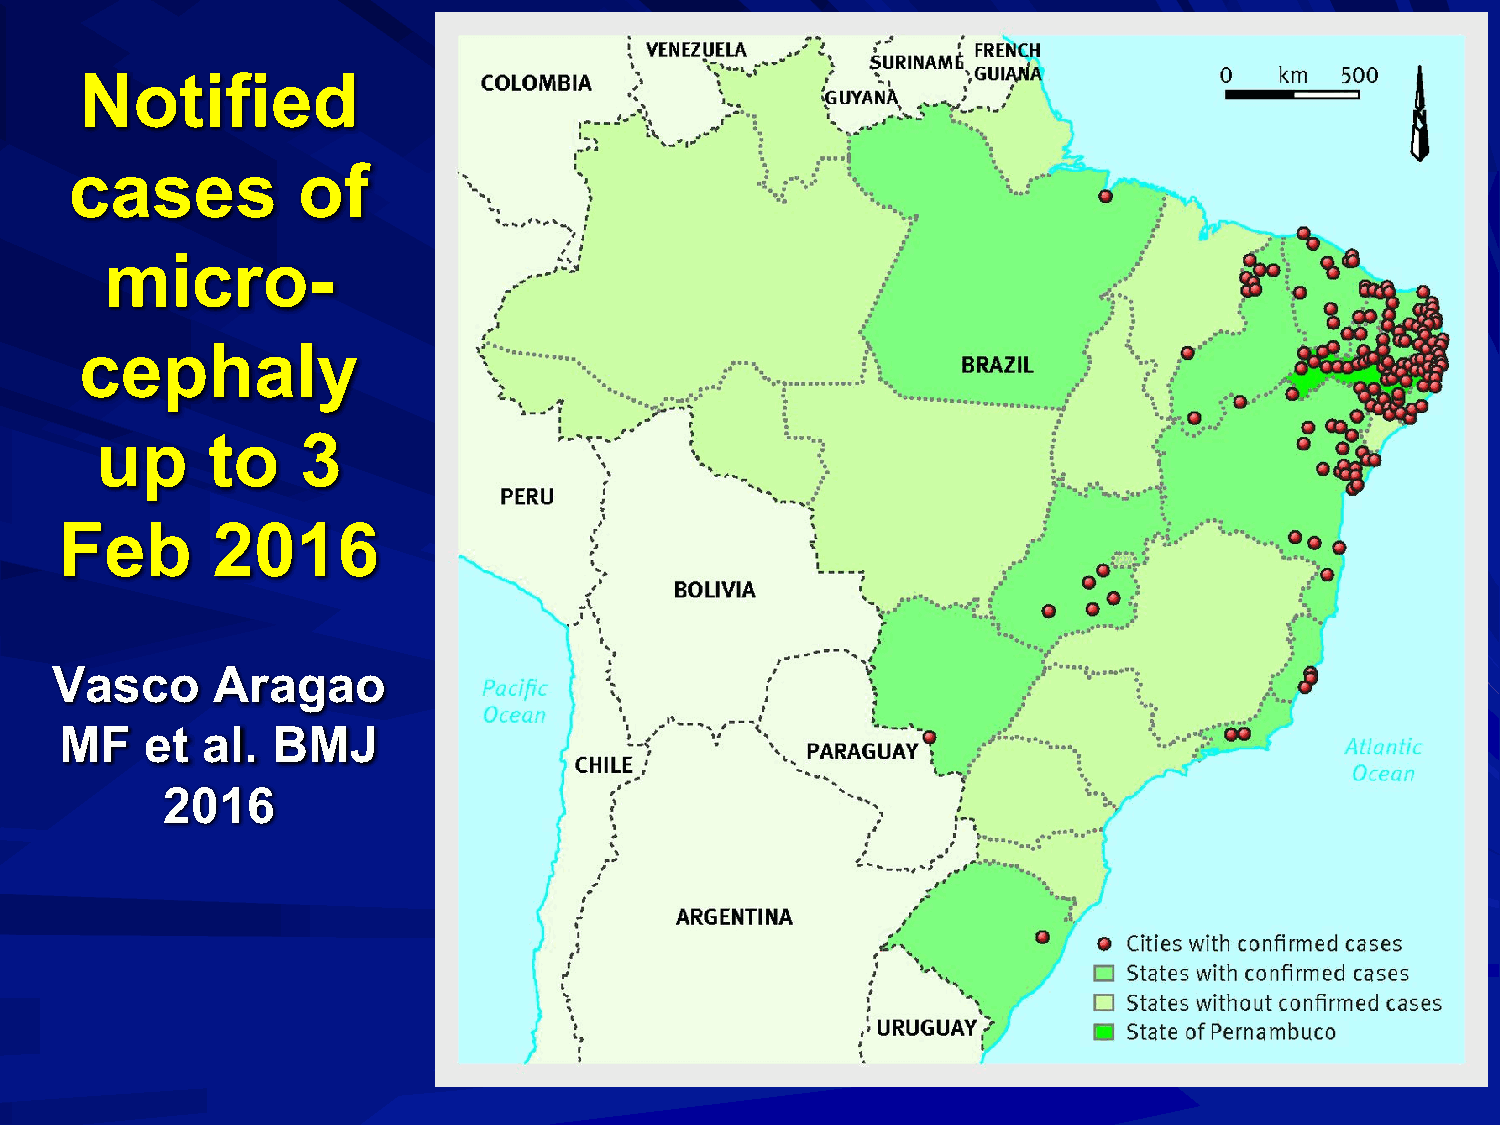
Notified
 cases          of
 micro-
 cephaly
 up      to    3
 Feb       2016
 Vasco      Aragao
 MF    et al.  BMJ
 2016